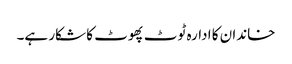
خاندان کا ادارہ ٹوٹ پھوٹ کا شکار ہے۔